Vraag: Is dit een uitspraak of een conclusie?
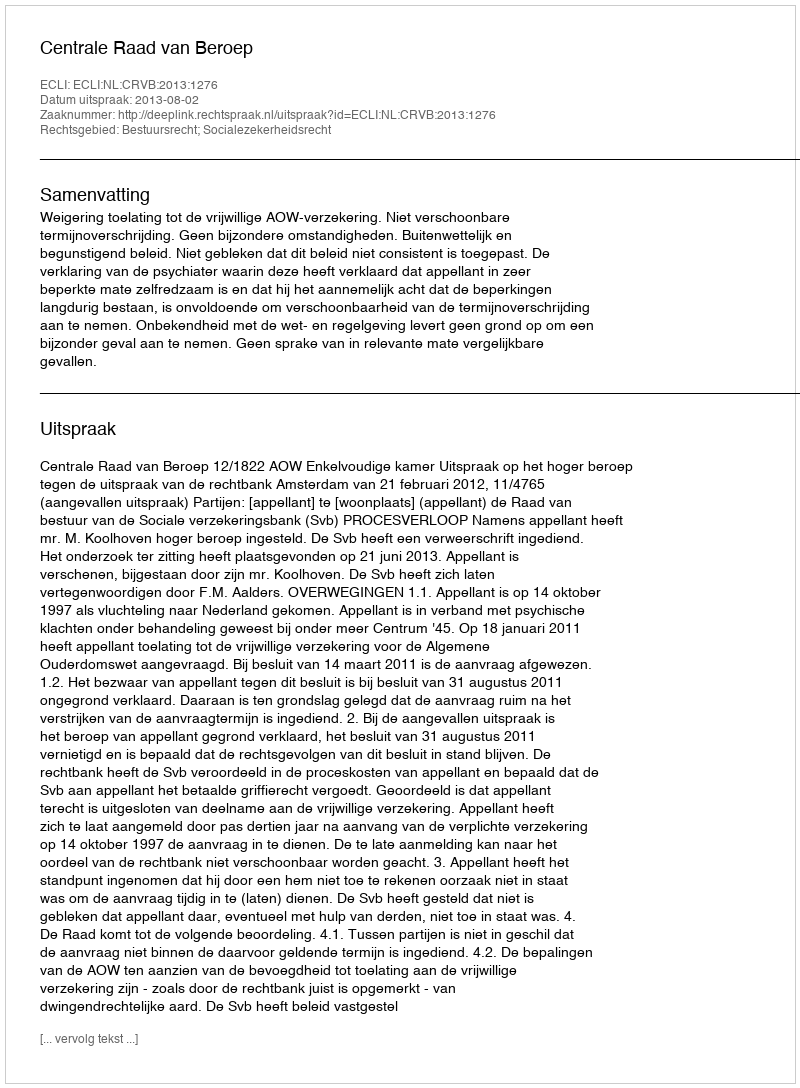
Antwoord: Uitspraak